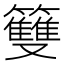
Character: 䉶